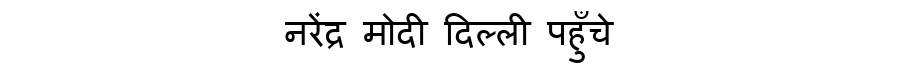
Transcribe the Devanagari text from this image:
नरेंद्र मोदी दिल्ली पहुँचे